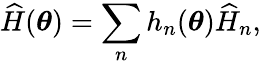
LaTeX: \widehat H(\boldsymbol{\theta})=\sum_{n}h_{n}(\boldsymbol{\theta})\widehat H_{n},